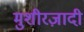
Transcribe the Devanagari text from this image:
मुशीरज़ादी